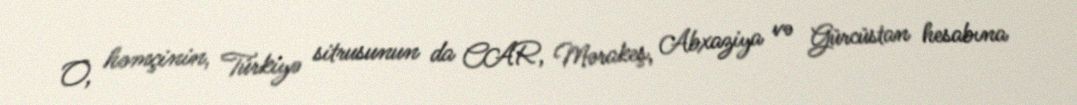
O, həmçinin, Türkiyə sitrusunun da CAR, Mərakeş, Abxaziya və Gürcüstan hesabına